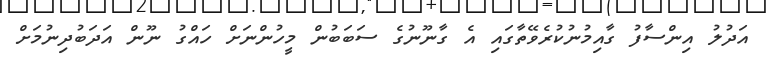
އަދުލު އިންސާފު ގާއިމުނުކުރެވޭތާގައި އެ ގާނޫނުގެ ސަބަބުން މީހުންނަށް ހައްގު ނޫން އަދަބުދިނުމަށް